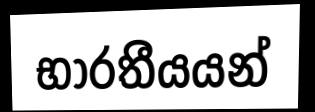
භාරතීයයන්